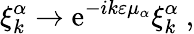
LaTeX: \xi_{k}^{\alpha}\to\mathrm{e}^{-ik\varepsilon\mu_{\alpha}}\xi_{k}^{\alpha}\ ,